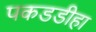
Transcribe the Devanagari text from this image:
पकडडीहा